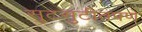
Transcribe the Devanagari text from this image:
सुटसुटीतपणे